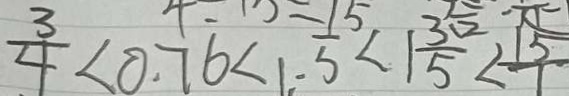
\frac { 3 } { 4 } < 0 . 7 6 < 1 . 5 < 1 \frac { 3 } { 5 } < \frac { 1 5 } { 1 }